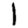
Digit: 1